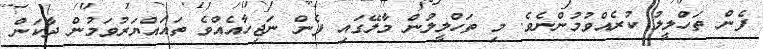
ފެން ތަހްލީލު ކުރެއްވުމުންނެވެ. މި ތަހްލީލުން މާލޭގައި ފެން ނަޖިހާއެއްވެ ތަޣައްޔަރުވަމުން ދާކަން